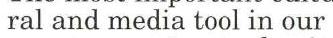
ral and media tool in our